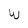
Character: W